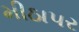
મીઠાપર